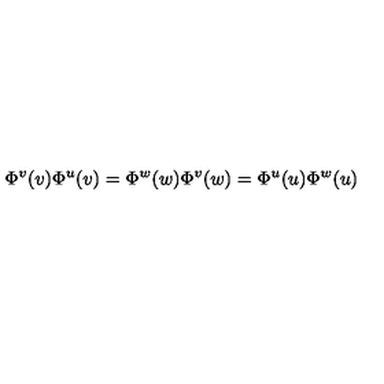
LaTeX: \Phi ^ { v } ( v ) \Phi ^ { u } ( v ) = \Phi ^ { w } ( w ) \Phi ^ { v } ( w ) = \Phi ^ { u } ( u ) \Phi ^ { w } ( u )